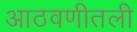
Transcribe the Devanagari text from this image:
आठवणीतली